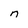
Character: n